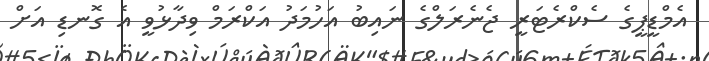
އެމްޑީޕީގެ ސެކްރެޓަރީ ޖެނެރަލްގެ ނައިބު އަހުމަދު އަކްރަމް ވިދާޅުވީ އެ ގޮނޑި އަށް